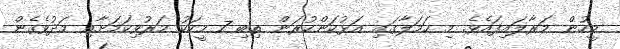
މީހުން މަރާލައިފައެވެ. މި ހަމަލާގައި އަޅުކަންކުރަން ތިބި 7 މީހަކު މަރުވިކަމަށާއި މަދުވެގެން